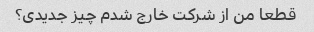
قطعا من از شرکت خارج شدم چیز جدیدی؟